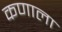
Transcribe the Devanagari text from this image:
कणाला